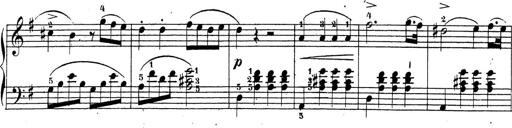
Title: 4 Sonatinas
Composer: Jacob Schmitt